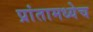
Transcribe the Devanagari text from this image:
प्रांतामध्येच